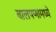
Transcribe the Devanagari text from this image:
बालपणामध्ये